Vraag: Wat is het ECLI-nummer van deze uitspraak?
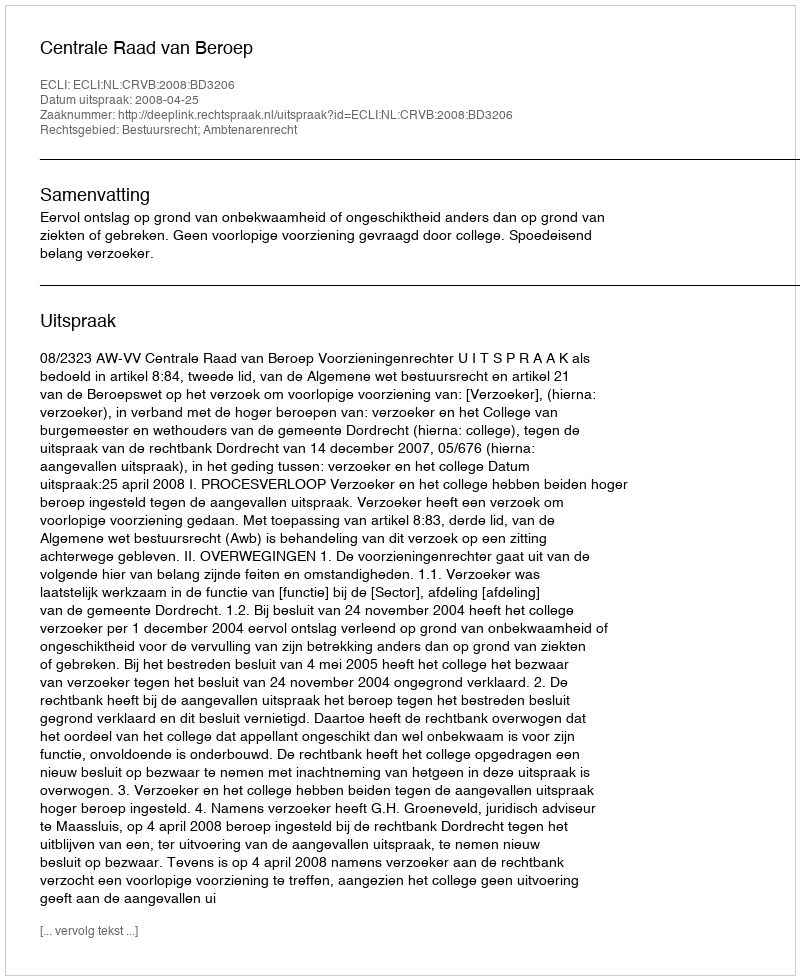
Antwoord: ECLI:NL:CRVB:2008:BD3206